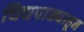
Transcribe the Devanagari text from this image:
चिंचपाड्याहून